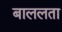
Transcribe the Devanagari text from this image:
बाललता